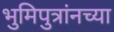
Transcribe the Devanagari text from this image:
भुमिपुत्रांनच्या